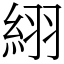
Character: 䋚